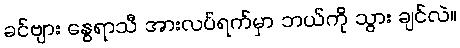
ခင်ဗျား နွေရာသီ အားလပ်ရက်မှာ ဘယ်ကို သွား ချင်လဲ။